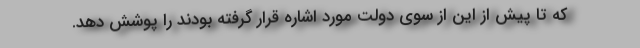
که تا پیش از این از سوی دولت مورد اشاره قرار گرفته بودند را پوشش دهد.